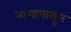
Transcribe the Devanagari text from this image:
नागापासून